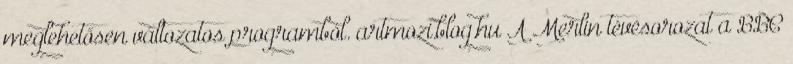
meglehetősen változatos programból. artmozi.blog.hu A Merlin tévésorozat a BBC